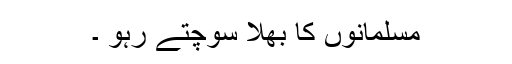
مسلمانوں کا بھلا سوچتے رہو ۔